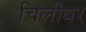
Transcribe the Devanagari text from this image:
चिलीवर